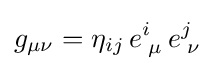
g_{\mu \nu }=\eta _{ij}\,e_{\;\mu }^{i}\,e_{\;\nu }^{j}